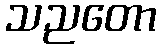
သညတော